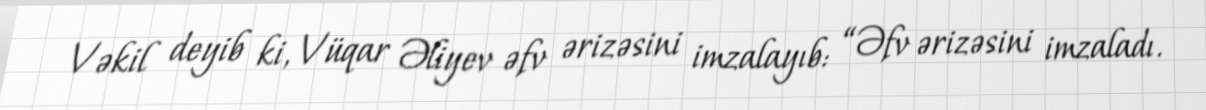
Vəkil deyib ki, Vüqar Əliyev əfv ərizəsini imzalayıb: “Əfv ərizəsini imzaladı.